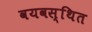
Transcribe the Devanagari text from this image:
वयवस्थित